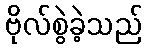
ဗိုလ်စွဲခဲ့သည်